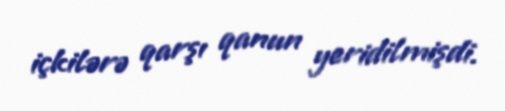
içkilərə qarşı qanun yeridilmişdi.